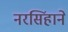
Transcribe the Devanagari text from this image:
नरसिंहाने